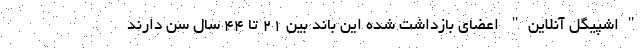
"اشپیگل آنلاین" اعضای بازداشت شده این باند بین ۲۱ تا ۴۴ سال سن دارند